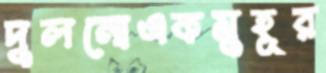
দুলনোএকমুহূর